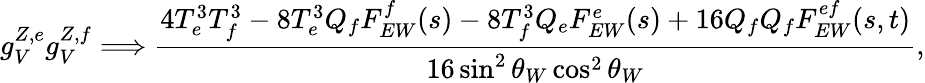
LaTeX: g_{V}^{Z,e}g_{V}^{Z,f}\Longrightarrow{\frac{4T_{e}^{3}T_{f}^{3}-8T_{e}^{3}Q_{f}F_{EW}^{f}(s)-8T_{f}^{3}Q_{e}F_{EW}^{e}(s)+16Q_{f}Q_{f}F_{EW}^{ef}(s,t)}{16\sin^{2}\theta_{W}\cos^{2}\theta_{W}}},